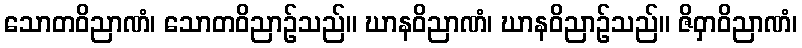
သောတဝိညာဏံ၊ သောတဝိညာဉ်သည်။ ဃာနဝိညာဏံ၊ ဃာနဝိညာဉ်သည်။ ဇိဝှာဝိညာဏံ၊